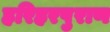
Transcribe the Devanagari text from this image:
हरिहरपुराण